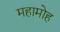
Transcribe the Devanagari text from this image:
महामोह